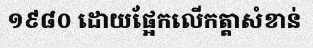
១៩៨០ ដោយផ្អែកលើកត្តាសំខាន់